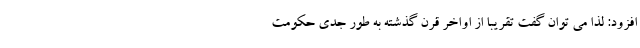
افزود: لذا می توان گفت تقریبا از اواخر قرن گذشته به طور جدی حکومت